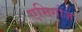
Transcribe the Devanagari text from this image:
एमिगोज़